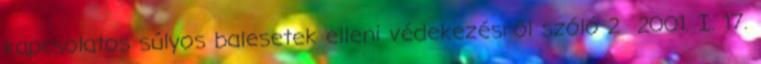
kapcsolatos súlyos balesetek elleni védekezésről szóló 2 2001. I. 17.